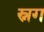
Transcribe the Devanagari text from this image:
स्नग